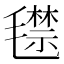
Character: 𣰙